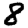
Digit: 8